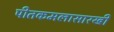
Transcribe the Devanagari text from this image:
पीतकमलासारखी